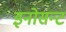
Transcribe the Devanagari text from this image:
इनोसन्ट